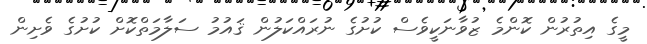
މީގެ އިތުރުން ކޮންމެ ޒުވާނަކީވެސް ކުށުގެ ނުރައްކަލުން ޤައުމު ސަލާމަތްކޮށް ކުށުގެ ވެށިން